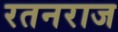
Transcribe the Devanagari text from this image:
रतनराज